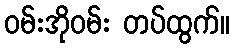
ဝမ်းအိုဝမ်း တပ်ထွက်။